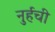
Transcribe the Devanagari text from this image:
नुर्हची